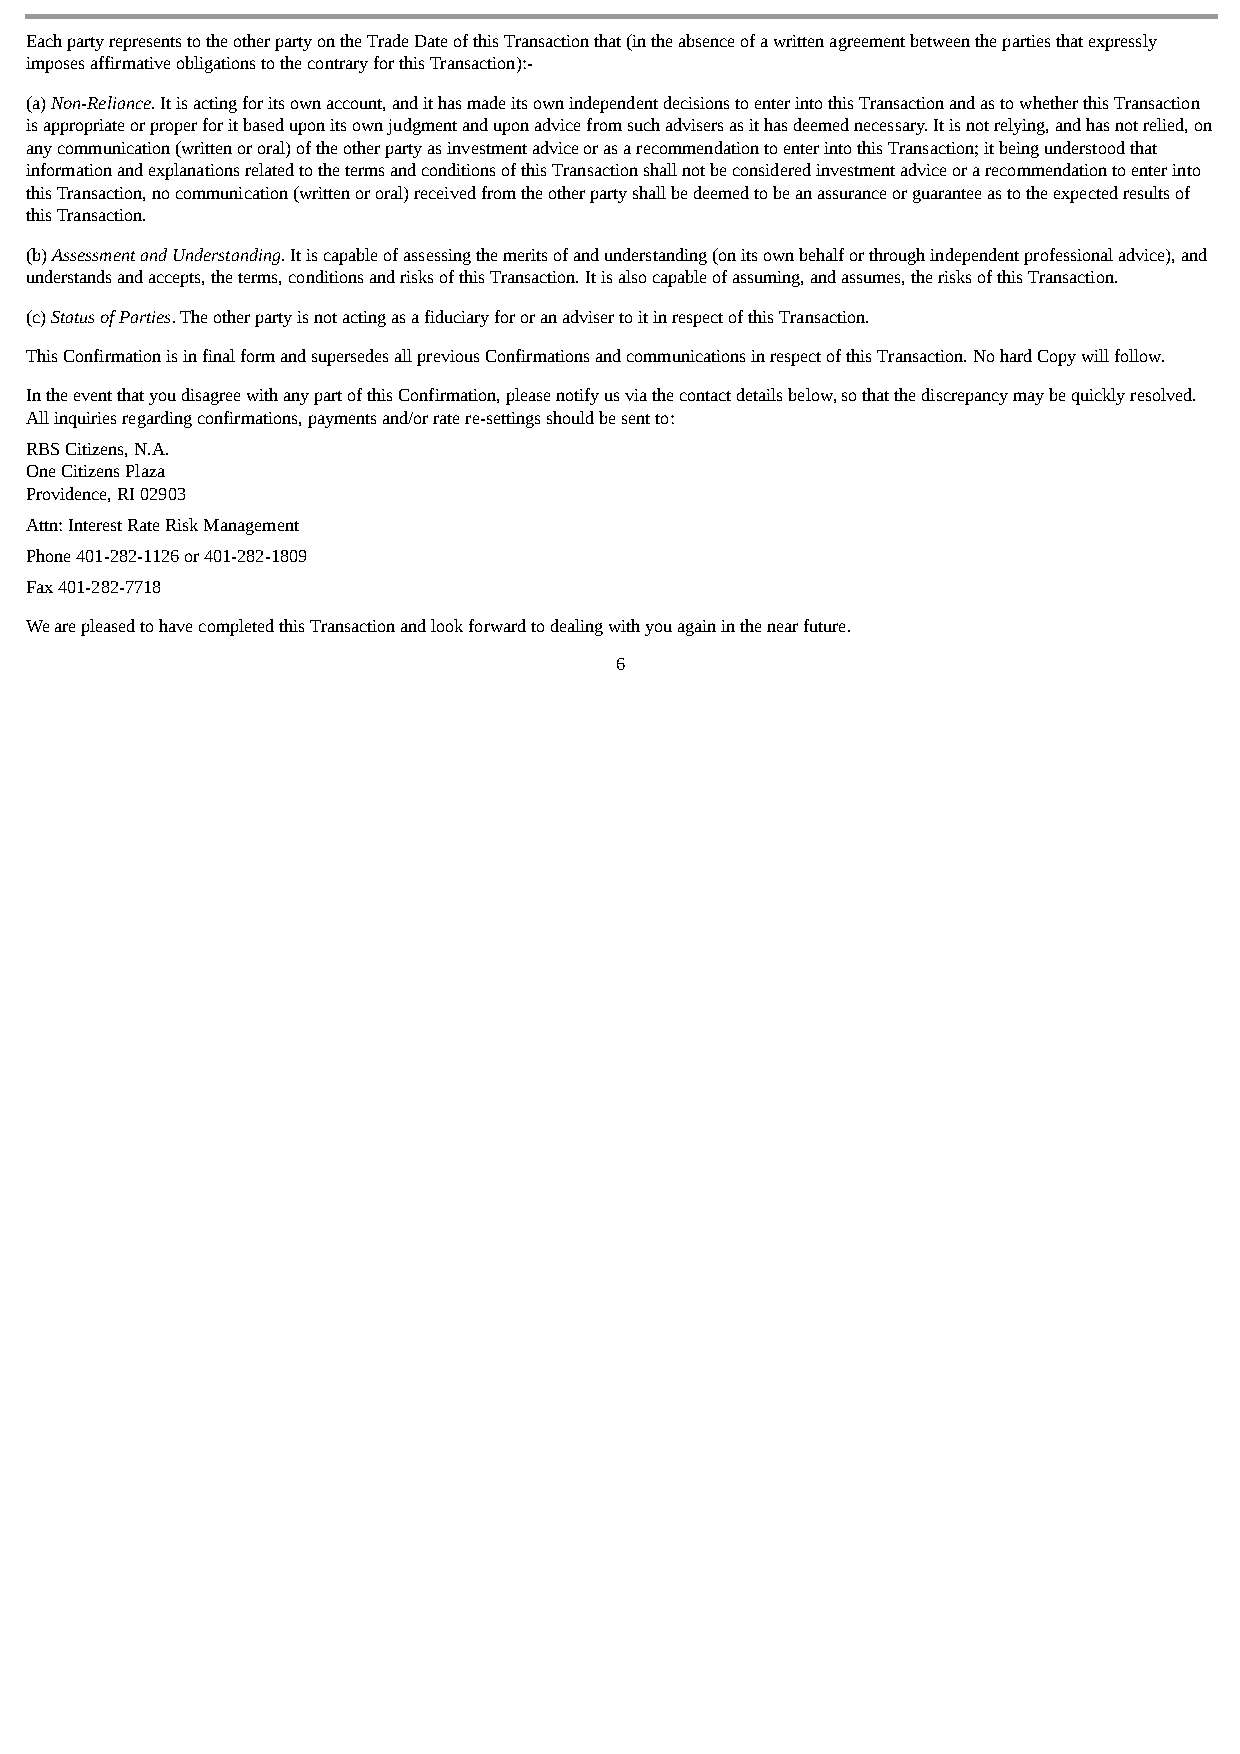
Each party represents to the other party on the Trade Date of this Transaction that (in the absence of a written agreement between the parties that expressly
 imposes affirmative obligations to the contrary for this Transaction):-
 (a) Non-Reliance. It is acting for its own account, and it has made its own independent decisions to enter into this Transaction and as to whether this Transaction
 is appropriate or proper for it based upon its own judgment and upon advice from such advisers as it has deemed necessary. It is not relying, and has not relied, on
 any communication (written or oral) of the other party as investment advice or as a recommendation to enter into this Transaction; it being understood that
 information and explanations related to the terms and conditions of this Transaction shall not be considered investment advice or a recommendation to enter into
 this Transaction, no communication (written or oral) received from the other party shall be deemed to be an assurance or guarantee as to the expected results of
 this Transaction.
 (b) Assessment and Understanding. It is capable of assessing the merits of and understanding (on its own behalf or through independent professional advice), and
 understands and accepts, the terms, conditions and risks of this Transaction. It is also capable of assuming, and assumes, the risks of this Transaction.
 (c) Status of Parties. The other party is not acting as a fiduciary for or an adviser to it in respect of this Transaction.
 This Confirmation is in final form and supersedes all previous Confirmations and communications in respect of this Transaction. No hard Copy will follow.
 In the event that you disagree with any part of this Confirmation, please notify us via the contact details below, so that the discrepancy may be quickly resolved.
 All inquiries regarding confirmations, payments and/or rate re-settings should be sent to:
 RBS Citizens, N.A.
 One Citizens Plaza
 Providence, RI 02903
 Attn: Interest Rate Risk Management
 Phone 401-282-1126 or 401-282-1809
 Fax 401-282-7718
 We are pleased to have completed this Transaction and look forward to dealing with you again in the near future.
 6